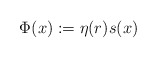
\begin{align*}\Phi(x):=\eta(r)s(x)\end{align*}